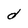
Character: d